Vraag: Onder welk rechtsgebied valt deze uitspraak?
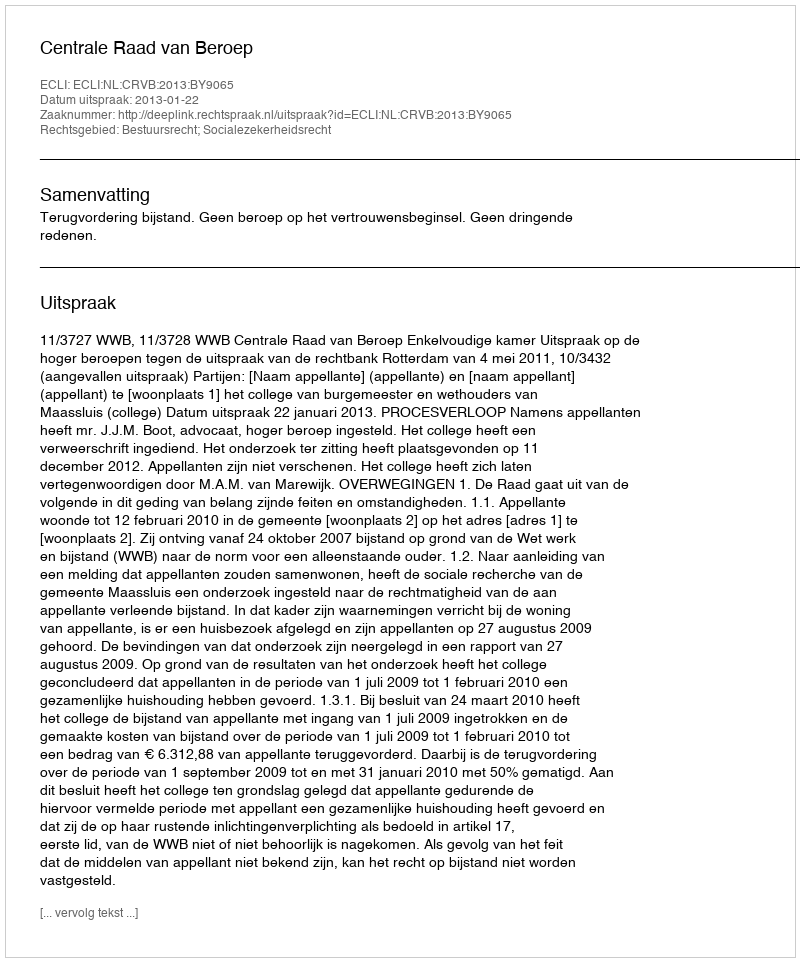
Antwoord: Bestuursrecht; Socialezekerheidsrecht